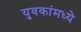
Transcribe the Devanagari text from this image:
युवकांमध्ये